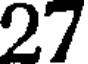
27